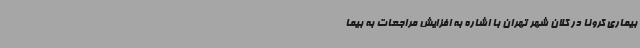
بیماری کرونا در کلان شهر تهران با اشاره به افزایش مراجعات به بیما